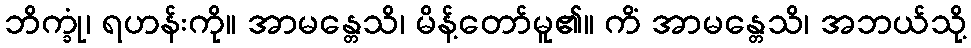
ဘိက္ခုံ၊ ရဟန်းကို။ အာမန္တေသိ၊ မိန့်တော်မူ၏။ ကိံ အာမန္တေသိ၊ အဘယ်သို့